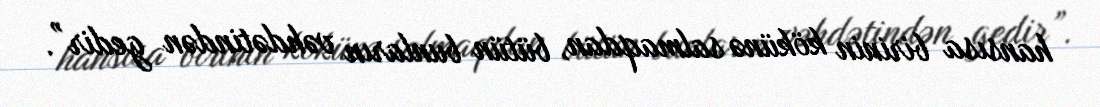
hansısa birinin kökünə salmaqdan, bütün bunların vəhdətindən gedir”.